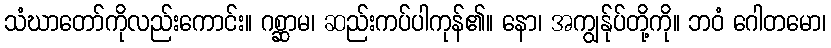
သံဃာတော်ကိုလည်းကောင်း။ ဂစ္ဆာမ၊ ဆည်းကပ်ပါကုန်၏။ နော၊ အကျွန်ုပ်တို့ကို။ ဘဝံ ဂေါတမော၊